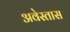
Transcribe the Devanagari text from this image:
अवेस्तास